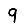
Digit: 9